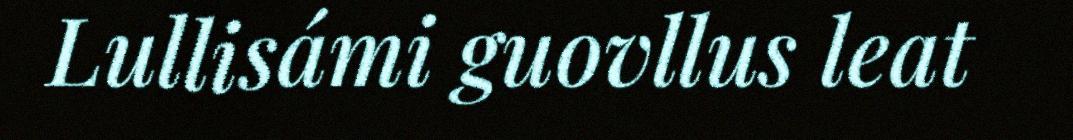
Lullisámi guovllus leat